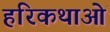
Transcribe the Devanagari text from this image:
हरिकथाओं